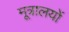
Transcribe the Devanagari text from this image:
मूत्रालयों